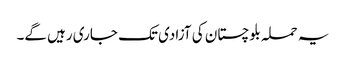
یہ حملہ بلوچستان کی آزادی تک جاری رہیں گے۔